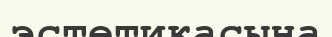
эстетикасына